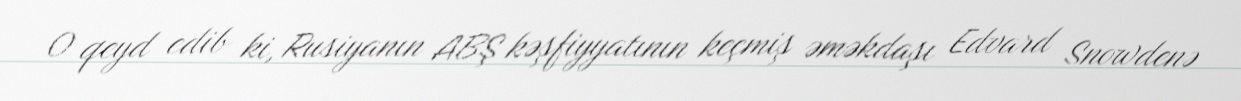
O qeyd edib ki, Rusiyanın ABŞ kəşfiyyatının keçmiş əməkdaşı Edvard Snowdenə